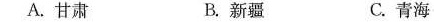
A. 甘肃 B. 新疆 C. 青海